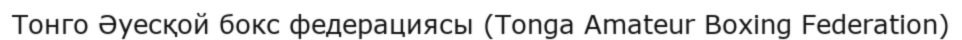
Тонго Әуесқой бокс федерациясы (Tonga Amateur Boxing Federation)